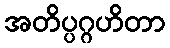
အတိပ္ပဂ္ဂဟိတာ